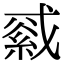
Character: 𦁓